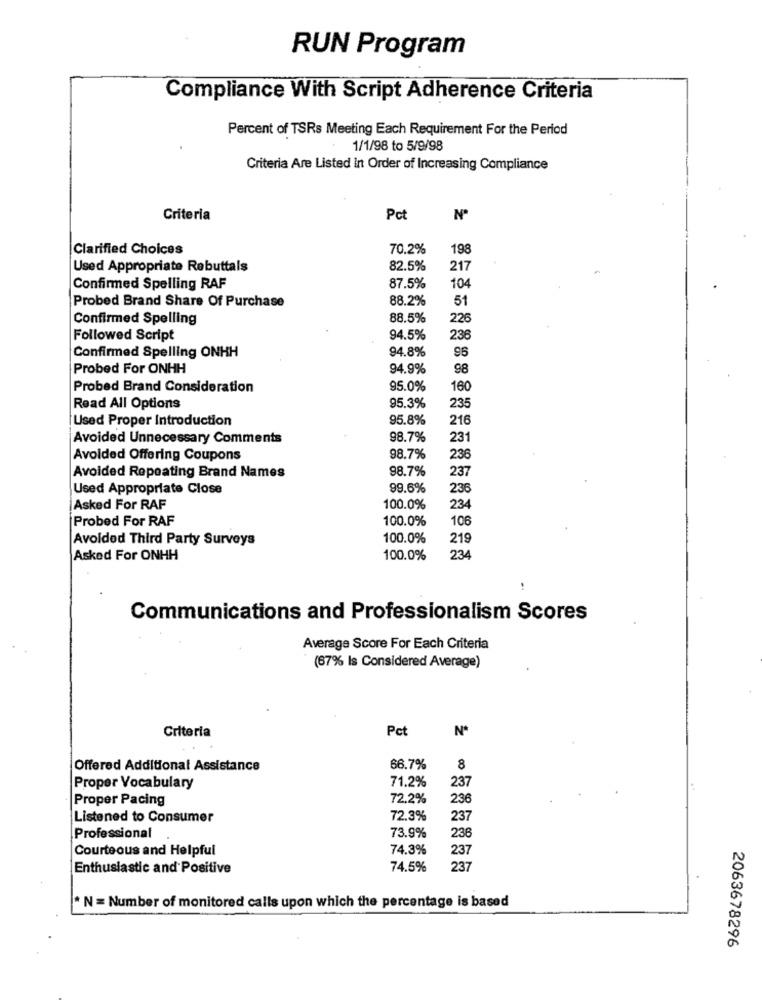
RUN Program
Compliance With Script Adherence Criteria
Percent of TSRs Meeting Each Requirement For the Period
1/1/98 to 5/9/98
Criteria Are Listed in Order of Increasing Compliance
Criteria
Pc
Z
Clarified Choices
70.2%
198
Used Appropriate Rebuttals
82.5%
217
Confirmed Spelling RAF
87.5%
104
Probed Brand Share Of Purchase
88.2%
51
Confirmed Spelling
88.5%
22€
Followed Script
94.5%
236
Confirmed Spelling ONHH
94.8%
96
Probed For ONHH
94.9%
98
Probed Brand Consideration
95.0%
160
95.3%
Read All Options
235
Used Proper Introduction
95.8%
216
Avoided Unnecessary Comments
98.7%
231
Avoided Offering Coupons
98.7%
236
98.7%
Avoided Repeating Brand Names
237
Used Appropriate Close
99.6%
236
Asked For RAF
100.0%
234
Probed For RAF
100.0%
106
Avoldod Third Party Surveys
100.0%
219
Asked For ONHH
100.0%
234
Communications and Professionalism Scores
Average Score For Each Criteria
(67% Is Considered Average)
Criteria
Pct
Offered Additional Assistance
66.7%
8
Proper Vocabulary
71.2%
237
Proper Pacing
72.2%
236
Listened to Consumer
72.3%
237
Professional
73.9%
236
Courteous and Helpful
74.3%
237
Enthusiastic and Positive
74.5%
237
* N = Number of monitored calls upon which the percentage is based
2063678296